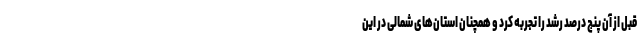
قبل از آن پنج درصد رشد را تجربه کرد و همچنان استان‌های شمالی در این